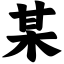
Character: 某